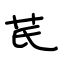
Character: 芪